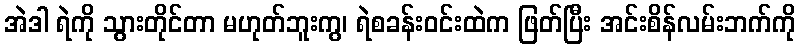
အဲဒါ ရဲကို သွားတိုင်တာ မဟုတ်ဘူးကွ၊ ရဲစခန်းဝင်းထဲက ဖြတ်ပြီး အင်းစိန်လမ်းဘက်ကို